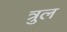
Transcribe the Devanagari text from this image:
त्रुल